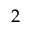
2